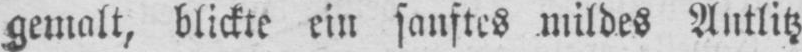
gemalt, blickte ein sanftes mildes Antlitz